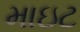
માઇટ